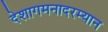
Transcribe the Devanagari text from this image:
देशागमनादरम्यान